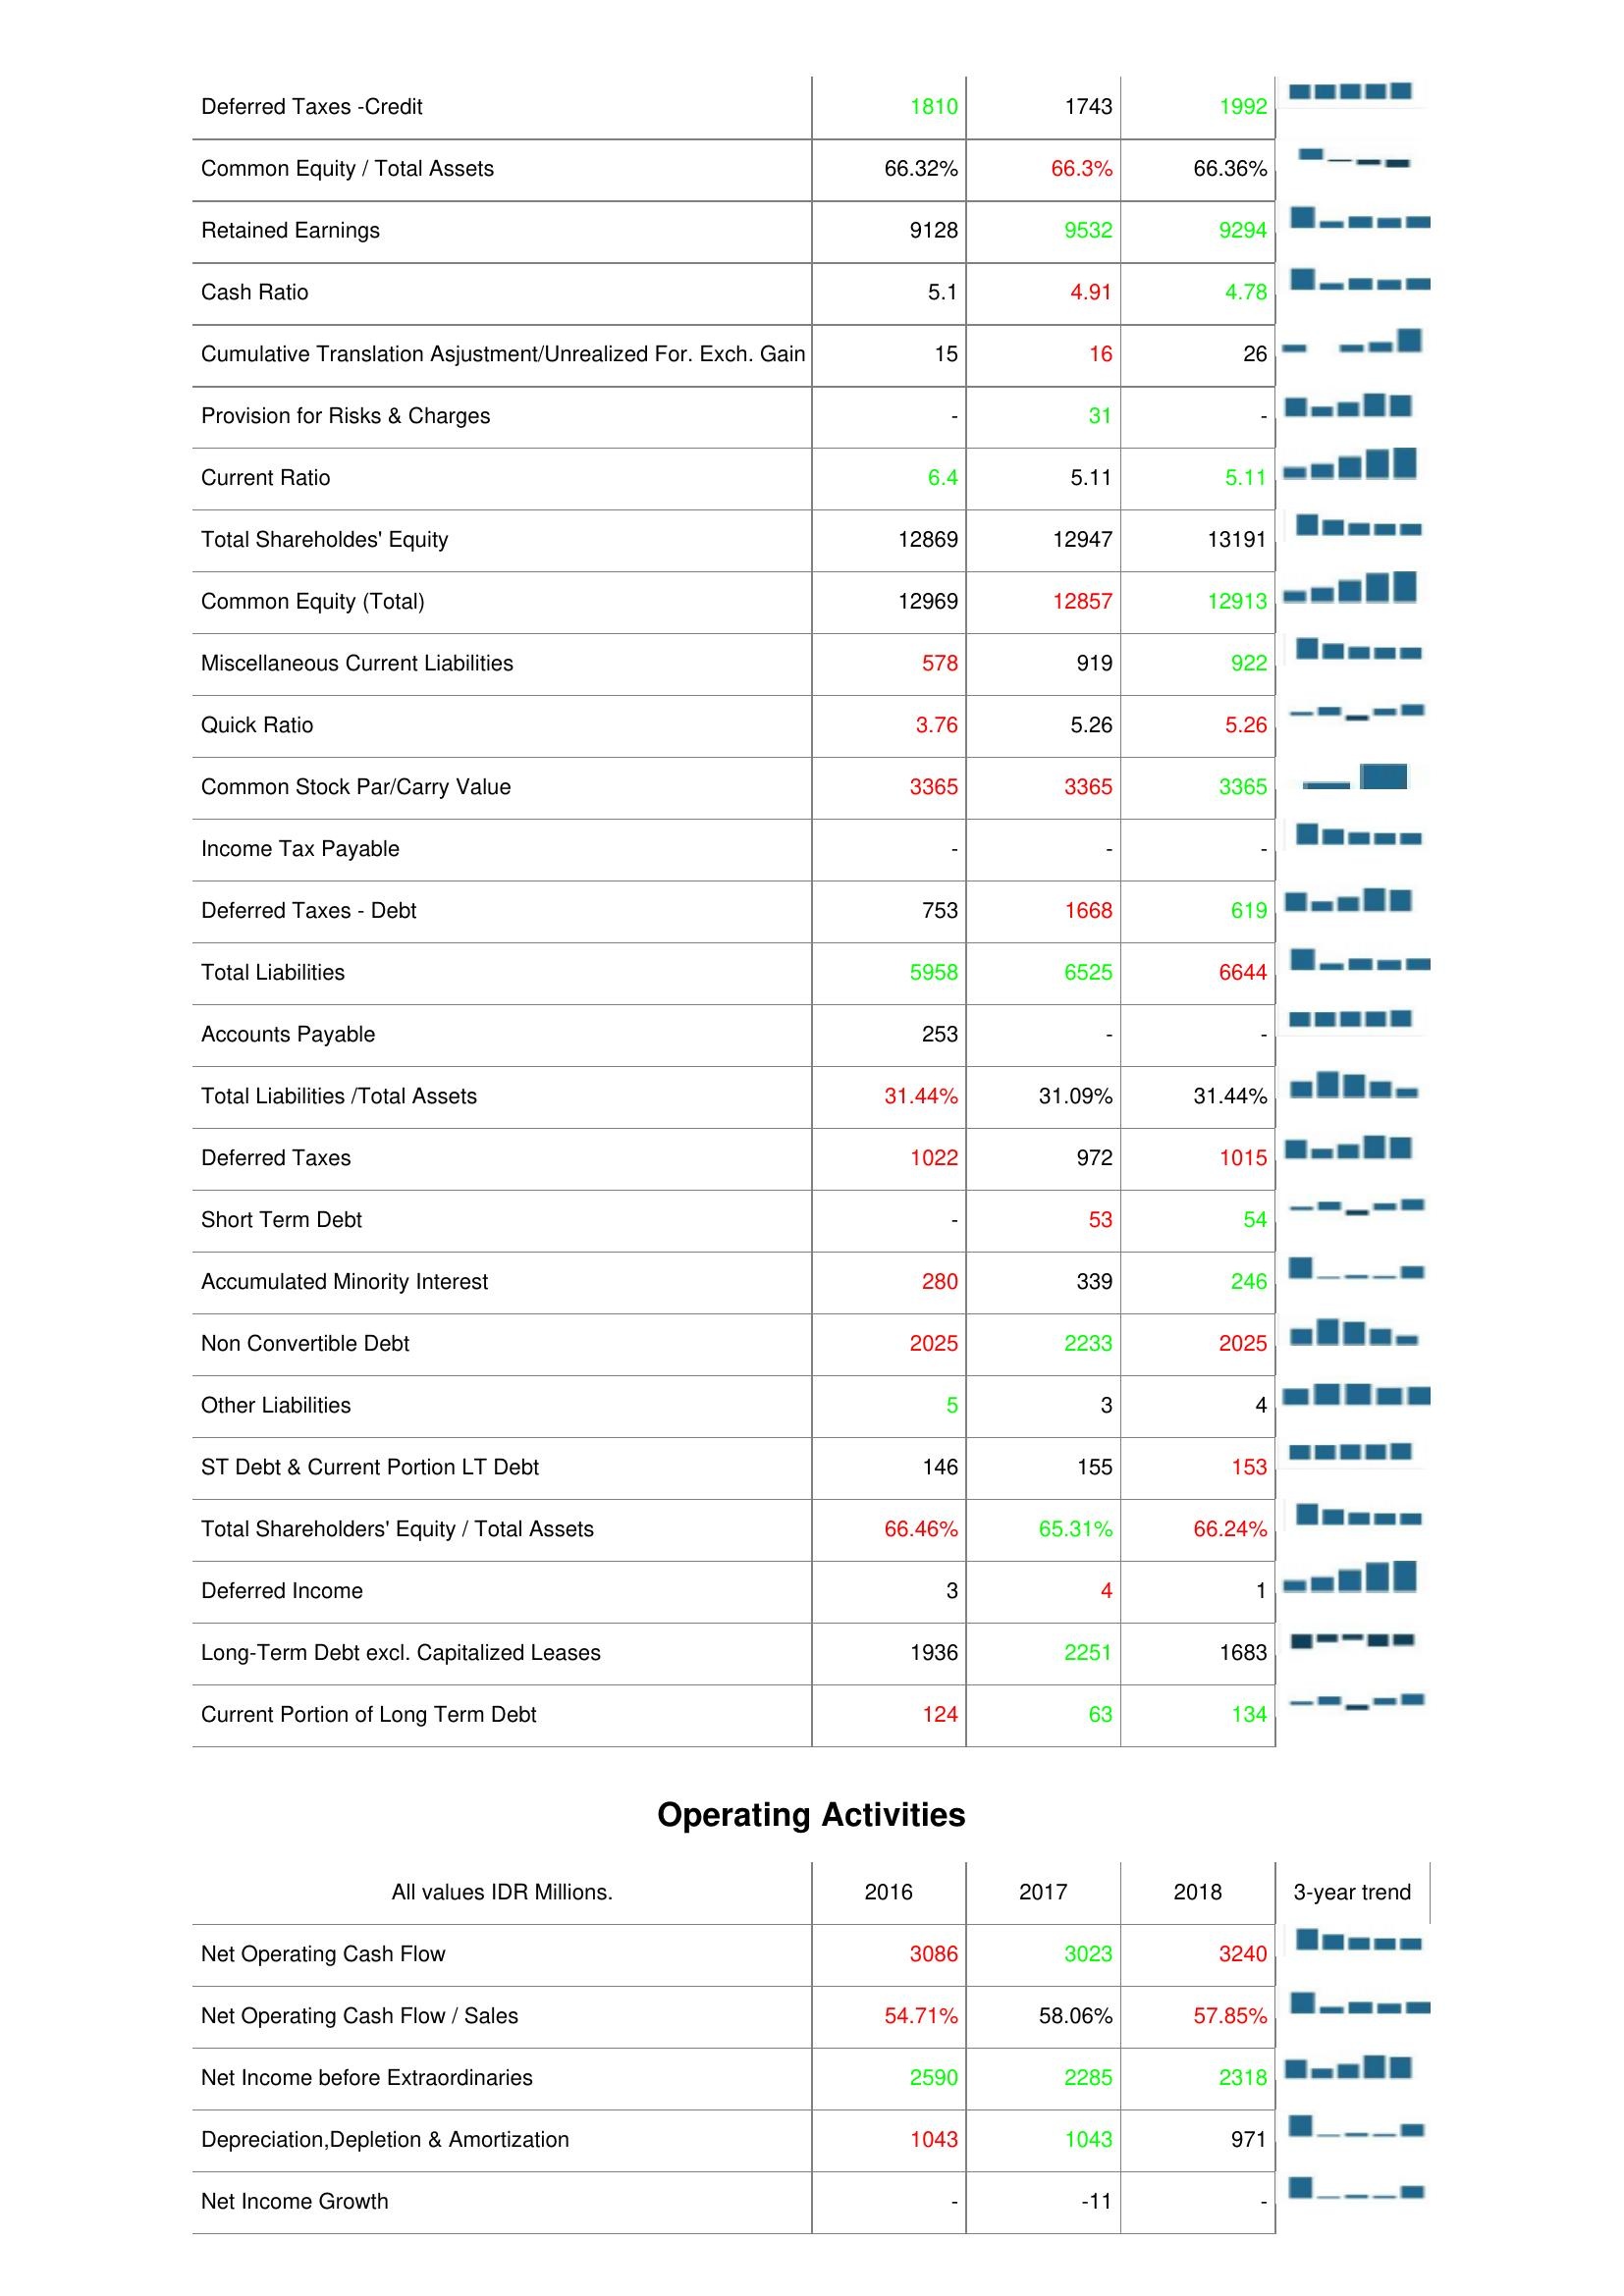
2016: Liabilities & Shareholder's Equity: Deferred Taxes -Credit: 1810
Common Equity / Total Assets: 66.32%
Retained Earnings: 9128
Cash Ratio: 5.1
Cumulative Translation Asjustment/Unrealized For. Exch. Gain: 15
Provision for Risks & Charges: -
Current Ratio: 6.4
Total Shareholdes' Equity: 12869
Common Equity (Total): 12969
Miscellaneous Current Liabilities: 578
Quick Ratio: 3.76
Common Stock Par/Carry Value: 3365
Income Tax Payable: -
Deferred Taxes - Debt: 753
Total Liabilities: 5958
Accounts Payable: 253
Total Liabilities /Total Assets: 31.44%
Deferred Taxes: 1022
Short Term Debt: -
Accumulated Minority Interest: 280
Non Convertible Debt: 2025
Other Liabilities: 5
ST Debt & Current Portion LT Debt: 146
Total Shareholders' Equity / Total Assets: 66.46%
Deferred Income: 3
Long-Term Debt excl. Capitalized Leases: 1936
Current Portion of Long Term Debt: 124
Operating Activities: Net Operating Cash Flow: 3086
Net Operating Cash Flow / Sales: 54.71%
Net Income before Extraordinaries: 2590
Depreciation,Depletion & Amortization: 1043
Net Income Growth: -
2017: Liabilities & Shareholder's Equity: Deferred Taxes -Credit: 1743
Common Equity / Total Assets: 66.3%
Retained Earnings: 9532
Cash Ratio: 4.91
Cumulative Translation Asjustment/Unrealized For. Exch. Gain: 16
Provision for Risks & Charges: 31
Current Ratio: 5.11
Total Shareholdes' Equity: 12947
Common Equity (Total): 12857
Miscellaneous Current Liabilities: 919
Quick Ratio: 5.26
Common Stock Par/Carry Value: 3365
Income Tax Payable: -
Deferred Taxes - Debt: 1668
Total Liabilities: 6525
Accounts Payable: -
Total Liabilities /Total Assets: 31.09%
Deferred Taxes: 972
Short Term Debt: 53
Accumulated Minority Interest: 339
Non Convertible Debt: 2233
Other Liabilities: 3
ST Debt & Current Portion LT Debt: 155
Total Shareholders' Equity / Total Assets: 65.31%
Deferred Income: 4
Long-Term Debt excl. Capitalized Leases: 2251
Current Portion of Long Term Debt: 63
Operating Activities: Net Operating Cash Flow: 3023
Net Operating Cash Flow / Sales: 58.06%
Net Income before Extraordinaries: 2285
Depreciation,Depletion & Amortization: 1043
Net Income Growth: -11
2018: Liabilities & Shareholder's Equity: Deferred Taxes -Credit: 1992
Common Equity / Total Assets: 66.36%
Retained Earnings: 9294
Cash Ratio: 4.78
Cumulative Translation Asjustment/Unrealized For. Exch. Gain: 26
Provision for Risks & Charges: -
Current Ratio: 5.11
Total Shareholdes' Equity: 13191
Common Equity (Total): 12913
Miscellaneous Current Liabilities: 922
Quick Ratio: 5.26
Common Stock Par/Carry Value: 3365
Income Tax Payable: -
Deferred Taxes - Debt: 619
Total Liabilities: 6644
Accounts Payable: -
Total Liabilities /Total Assets: 31.44%
Deferred Taxes: 1015
Short Term Debt: 54
Accumulated Minority Interest: 246
Non Convertible Debt: 2025
Other Liabilities: 4
ST Debt & Current Portion LT Debt: 153
Total Shareholders' Equity / Total Assets: 66.24%
Deferred Income: 1
Long-Term Debt excl. Capitalized Leases: 1683
Current Portion of Long Term Debt: 134
Operating Activities: Net Operating Cash Flow: 3240
Net Operating Cash Flow / Sales: 57.85%
Net Income before Extraordinaries: 2318
Depreciation,Depletion & Amortization: 971
Net Income Growth: -